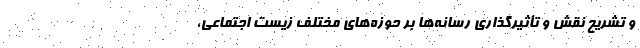
و تشریح نقش و تأثیرگذاری رسانه‌ها بر حوزه‌های مختلف زیست اجتماعی،